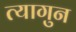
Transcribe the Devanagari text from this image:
त्यागुन